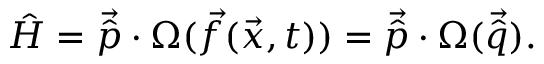
\hat { H } = \vec { \hat { p } } \cdot \Omega ( \vec { f } ( \vec { x } , t ) ) = \vec { \hat { p } } \cdot \Omega ( \vec { \hat { q } } ) .